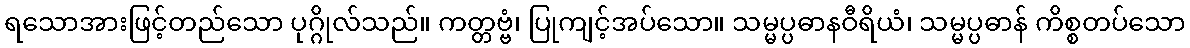
ရသောအားဖြင့်တည်သော ပုဂ္ဂိုလ်သည်။ ကတ္တဗ္ဗံ၊ ပြုကျင့်အပ်သော။ သမ္မပ္ပဓာနဝီရိယံ၊ သမ္မပ္ပဓာန် ကိစ္စတပ်သော